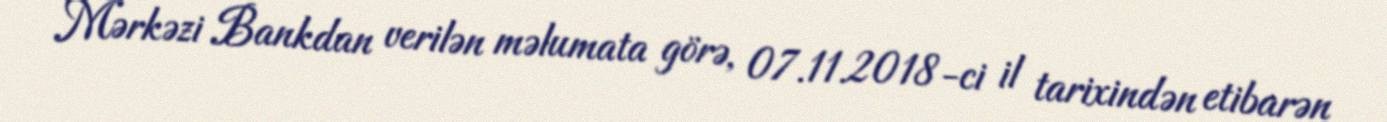
Mərkəzi Bankdan verilən məlumata görə, 07.11.2018-ci il tarixindən etibarən